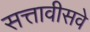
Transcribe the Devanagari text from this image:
सत्तावीसवे